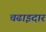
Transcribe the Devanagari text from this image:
चढाइदार